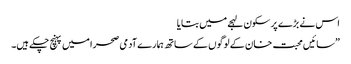
اس نے بڑے پر سکون لہجے میں بتایا
”سائیں محبت خان کے لوگوں کے ساتھ ہمارے آدمی صحرا میں پہنچ چکے ہیں۔